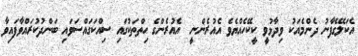
އެކަލޭގެފާނު ދެންމެއަކު ވިދާޅުވީ ކީކޭހެއްޔެވެ އެއުރެންނީ  އެއުރެންގެ ހިތްތަކުގައި ސިއްކަގައްސަވައި ބަންދުކުރައްވާފައިވާ